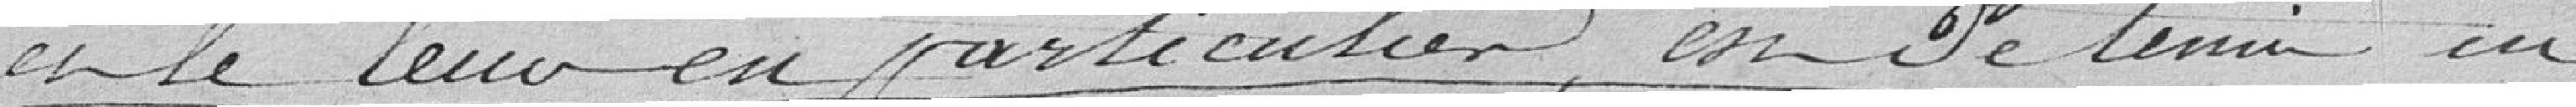
et le leur en particulier, en détermine en